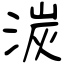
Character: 湠